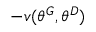
- v ( \theta ^ { G } , \theta ^ { D } )